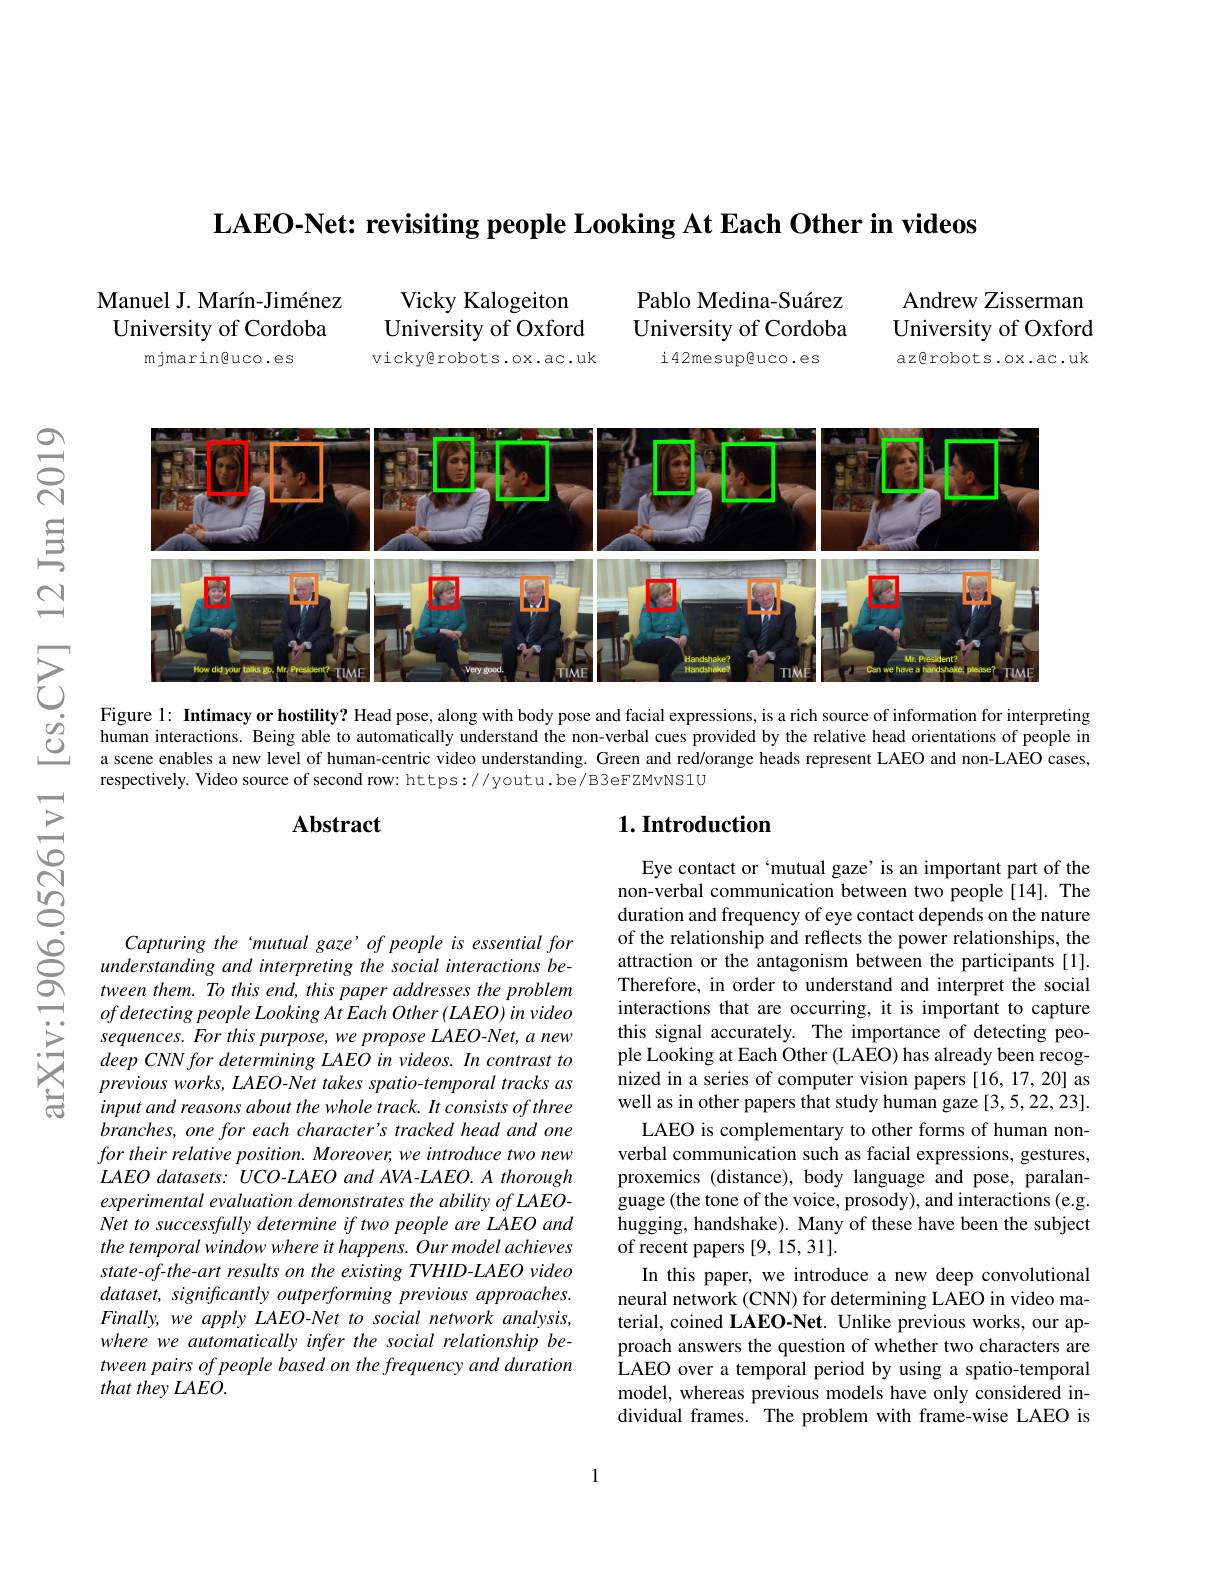
LAEO-Net: revisiting people Looking At Each Other in videos

Andrew Zisserman University of Oxford az@robots.ox.ac.uk

Manuel J. Marín-Jiménez ${\mathrm{University~of~Cordoba}}$
mjmarin@uco.es

Pablo Medina-Suárez University of Cordoba
i 4 2mesup@uco .es

Vicky Kalogeiton University of Oxford vicky@robots.ox.ac.uk

$ન્રિ$

三

<FigureHere>

respectively. Video source of second row: https://youtu.be/B3eFZMvNS1U

$\mathbf{Abstract}$

## $1. \textbf{Introduction}$

1906.05261v1

意

Eye contact or `mutual gaze' is an important part of the non-verbal communication between two people [14]. The duration and frequency of eye contact depends on the nature of the relationship and reflects the power relationships, the attraction or the antagonism between the participants [1]. Therefore, in order to understand and interpret the social interactions that are occurring, it is important to capture this signal accurately. The importance of detecting people Looking at Each Other (LAEO) has already been recognized in a series of computer vision papers[16,17,20] as well as in other papers that study human gaze [3,5,22,23].
LAEO is complementary to other forms of human nonverbal communication such as facial expressions, gestures, proxemics (distance), body language and pose, paralanguage (the tone of the voice, prosody), and interactions (e.g. hugging, handshake). Many of these have been the subject of recent papers [9, 15, 31].
In this paper, we introduce a new deep convolutional neural network (CNN) for determining LAEO in video material, coined LAEO-Net. Unlike previous works, our approach answers the question of whether two characters are $\hat{\text{LAEO over a temporal period by using a spatio-temporal}}$ model, whereas previous models have only considered individual frames. The problem with frame-wise LAEO is

Capturing the 'mutual gaze'of people is essential for understanding and interpreting the social interactions between them. To this end, this paper addresses the problem $ofdetectingpeople\textit{Looking At Each Other ( LAEO) in video}$ sequences. For this purpose, we propose LAEO-Net, a new deep CNN for determining LAEO in videos. In contrast to previous works, LAEO-Net takes spatio-temporal tracks as input and reasons about the whole track. It consists of three branches, one for each character's tracked head and one for their relative position. Moreover, we introduce two new $LAEO$ datasets: UCO-LAEO and AVA-LAEO. A thorough experimental evaluation demonstrates the ability of LAEONet to successfully determine if two people are LAEO and the temporal window where it happens. Our model achieves state-of-the-art results on the existing TVHID-LAEO video $dataset,significantlyoutperforming$ previous approaches. Finally, we apply LAEO-Net to social network analysis, where we automatically infer the social relationship between pairs of people based on the frequency and duration that they LAEO.

1